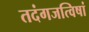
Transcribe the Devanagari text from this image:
तदंगजत्विषां